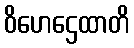
ဝိဟေဌေထာတိ